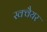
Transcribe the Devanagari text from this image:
स्‍क्‍वैयर